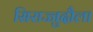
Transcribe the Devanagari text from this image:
सिराज्जुदौला